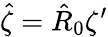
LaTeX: \hat{\zeta}=\hat{R}_{0}\zeta^{\prime}